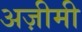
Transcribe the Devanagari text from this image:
अज़ीमी